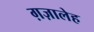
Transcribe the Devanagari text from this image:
ग़ज़ालेह